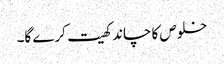
خلوص کا چاند کھیت کرے گا۔